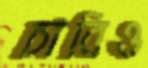
চাবিও